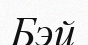
Бэй